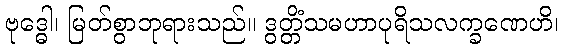
ဗုဒ္ဓေါ၊ မြတ်စွာဘုရားသည်။ ဒွတ္တိံသမဟာပုရိသလက္ခဏေဟိ၊